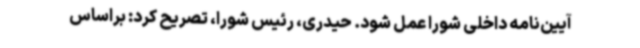
آیین‌نامه داخلی شورا عمل شود. حیدری، رئیس شورا، تصریح کرد: براساس